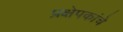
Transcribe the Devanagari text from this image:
प्रक्षेपकांचे